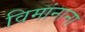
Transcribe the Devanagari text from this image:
विमांनाना